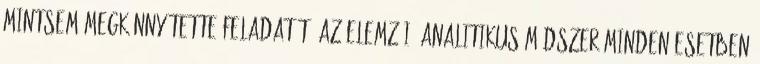
mintsem megkönnyítette feladatát? Az elemzői, analitikus módszer minden esetben